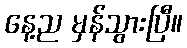
နေ့ည မှန်သွားပြီ။